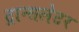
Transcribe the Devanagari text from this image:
ट्रान्सलेटर